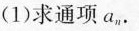
(1)求通项a_{n}.